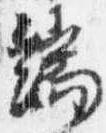
端